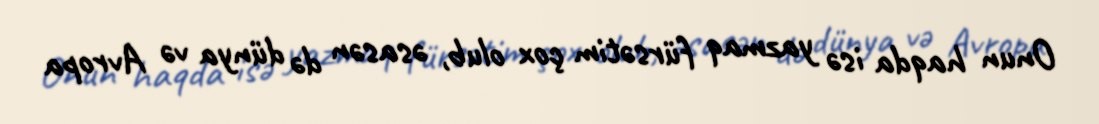
Onun haqda isə yazmaq fürsətim çox olub, əsasən də dünya və Avropa